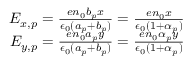
\begin{array} { r } { E _ { x , p } = \frac { e n _ { 0 } b _ { p } x } { \epsilon _ { 0 } ( a _ { p } + b _ { p } ) } = \frac { e n _ { 0 } x } { \epsilon _ { 0 } ( 1 + \alpha _ { p } ) } } \\ { E _ { y , p } = \frac { e n _ { 0 } a _ { p } y } { \epsilon _ { 0 } ( a _ { p } + b _ { p } ) } = \frac { e n _ { 0 } \alpha _ { p } y } { \epsilon _ { 0 } ( 1 + \alpha _ { p } ) } } \end{array}